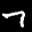
Label: 7